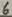
Text: 6